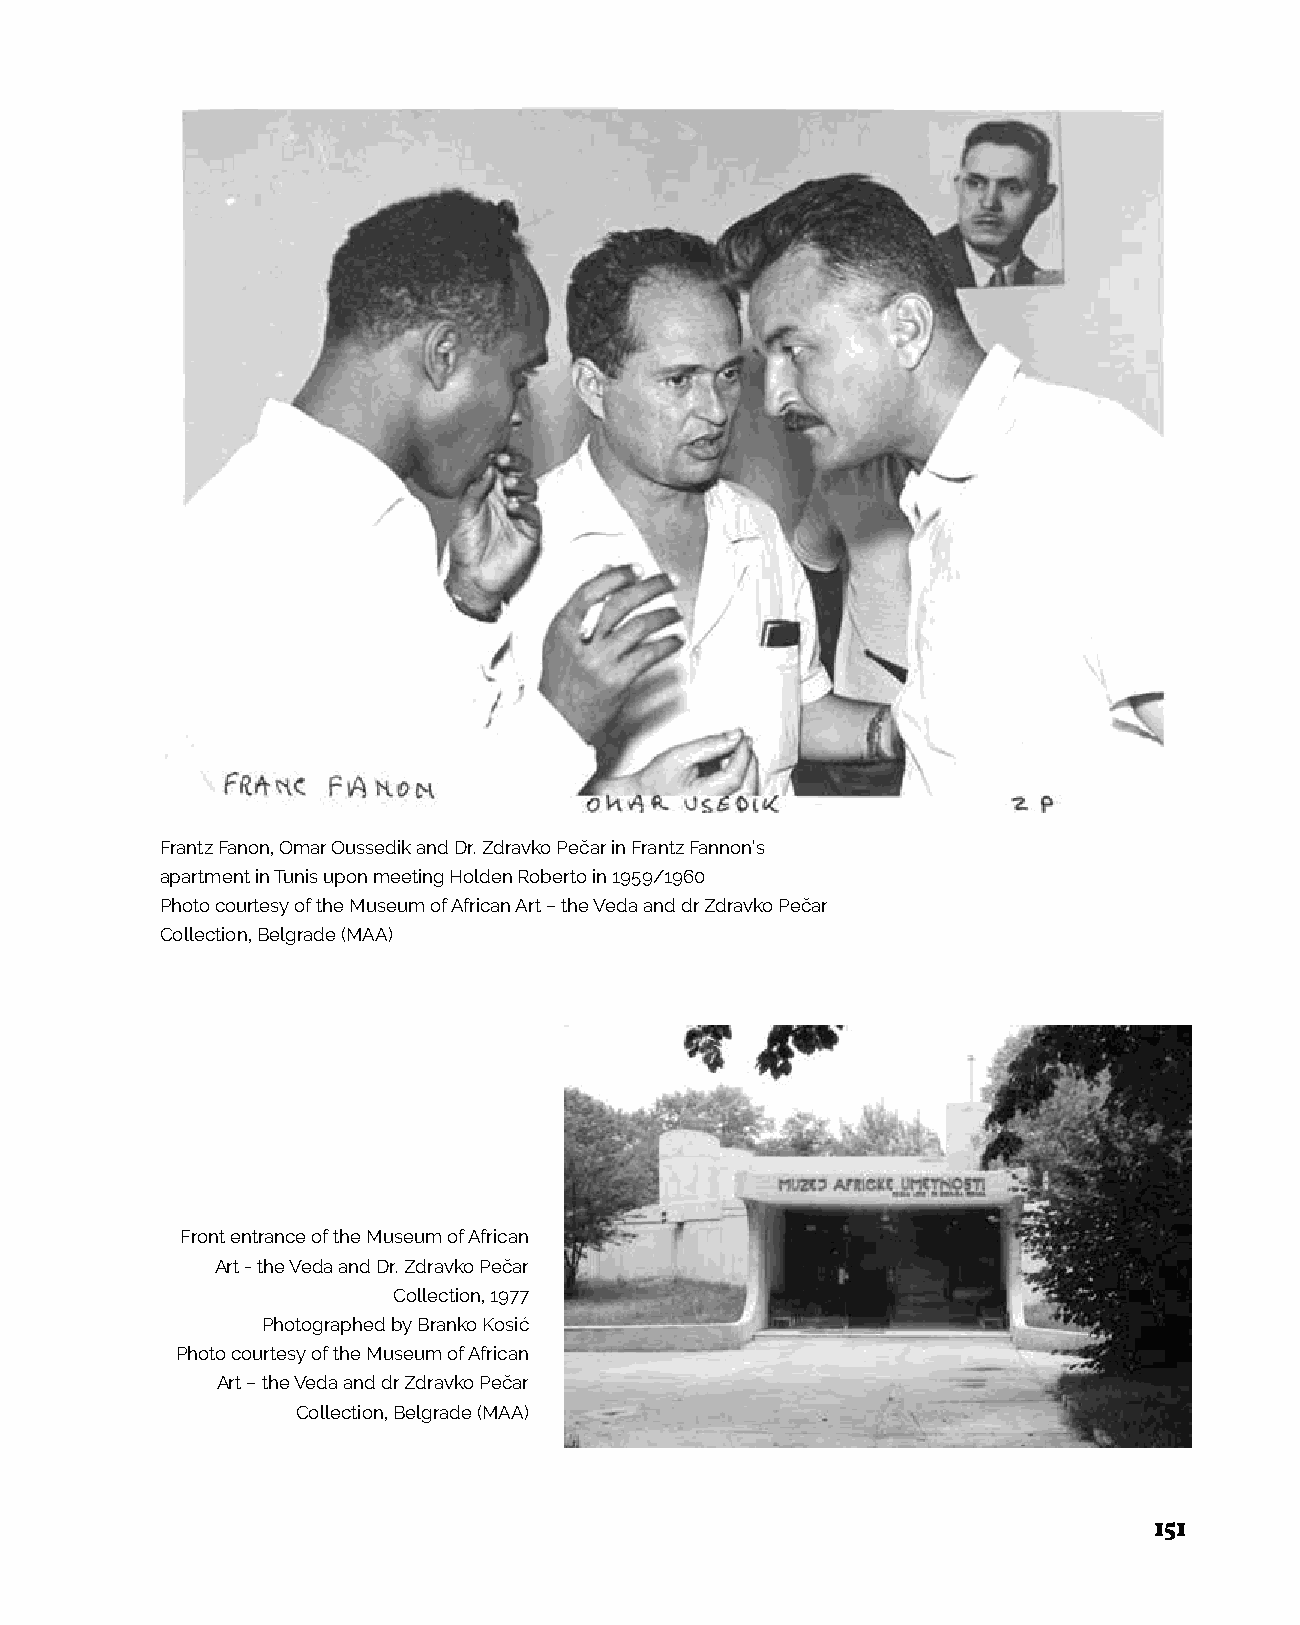
Frantz Fanon, Omar Oussedik and Dr. Zdravko Pečar in Frantz Fannon’s
 apartment in Tunis upon meeting Holden Roberto in 1959/1960
 Photo courtesy of the Museum of African Art – the Veda and dr Zdravko Pečar
 Collection, Belgrade (MAA)
 Front entrance of the Museum of African
 Art - the Veda and Dr. Zdravko Pečar
 Collection, 1977
 Photographed by Branko Kosić
 Photo courtesy of the Museum of African
 Art – the Veda and dr Zdravko Pečar
 Collection, Belgrade (MAA)
 151